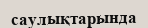
саулықтарында